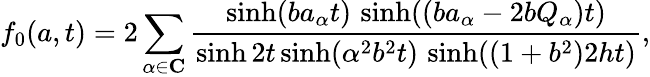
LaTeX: f_{0}(a,t)=2\sum_{\alpha\in\mathbf{C}}\frac{\sinh(ba_{\alpha}t)\, \sinh((ba_{\alpha}-2bQ_{\alpha})t)}{\sinh 2t\sinh(\alpha^{2}b^{2}t)\, \sinh((1+b^{2})2ht)},